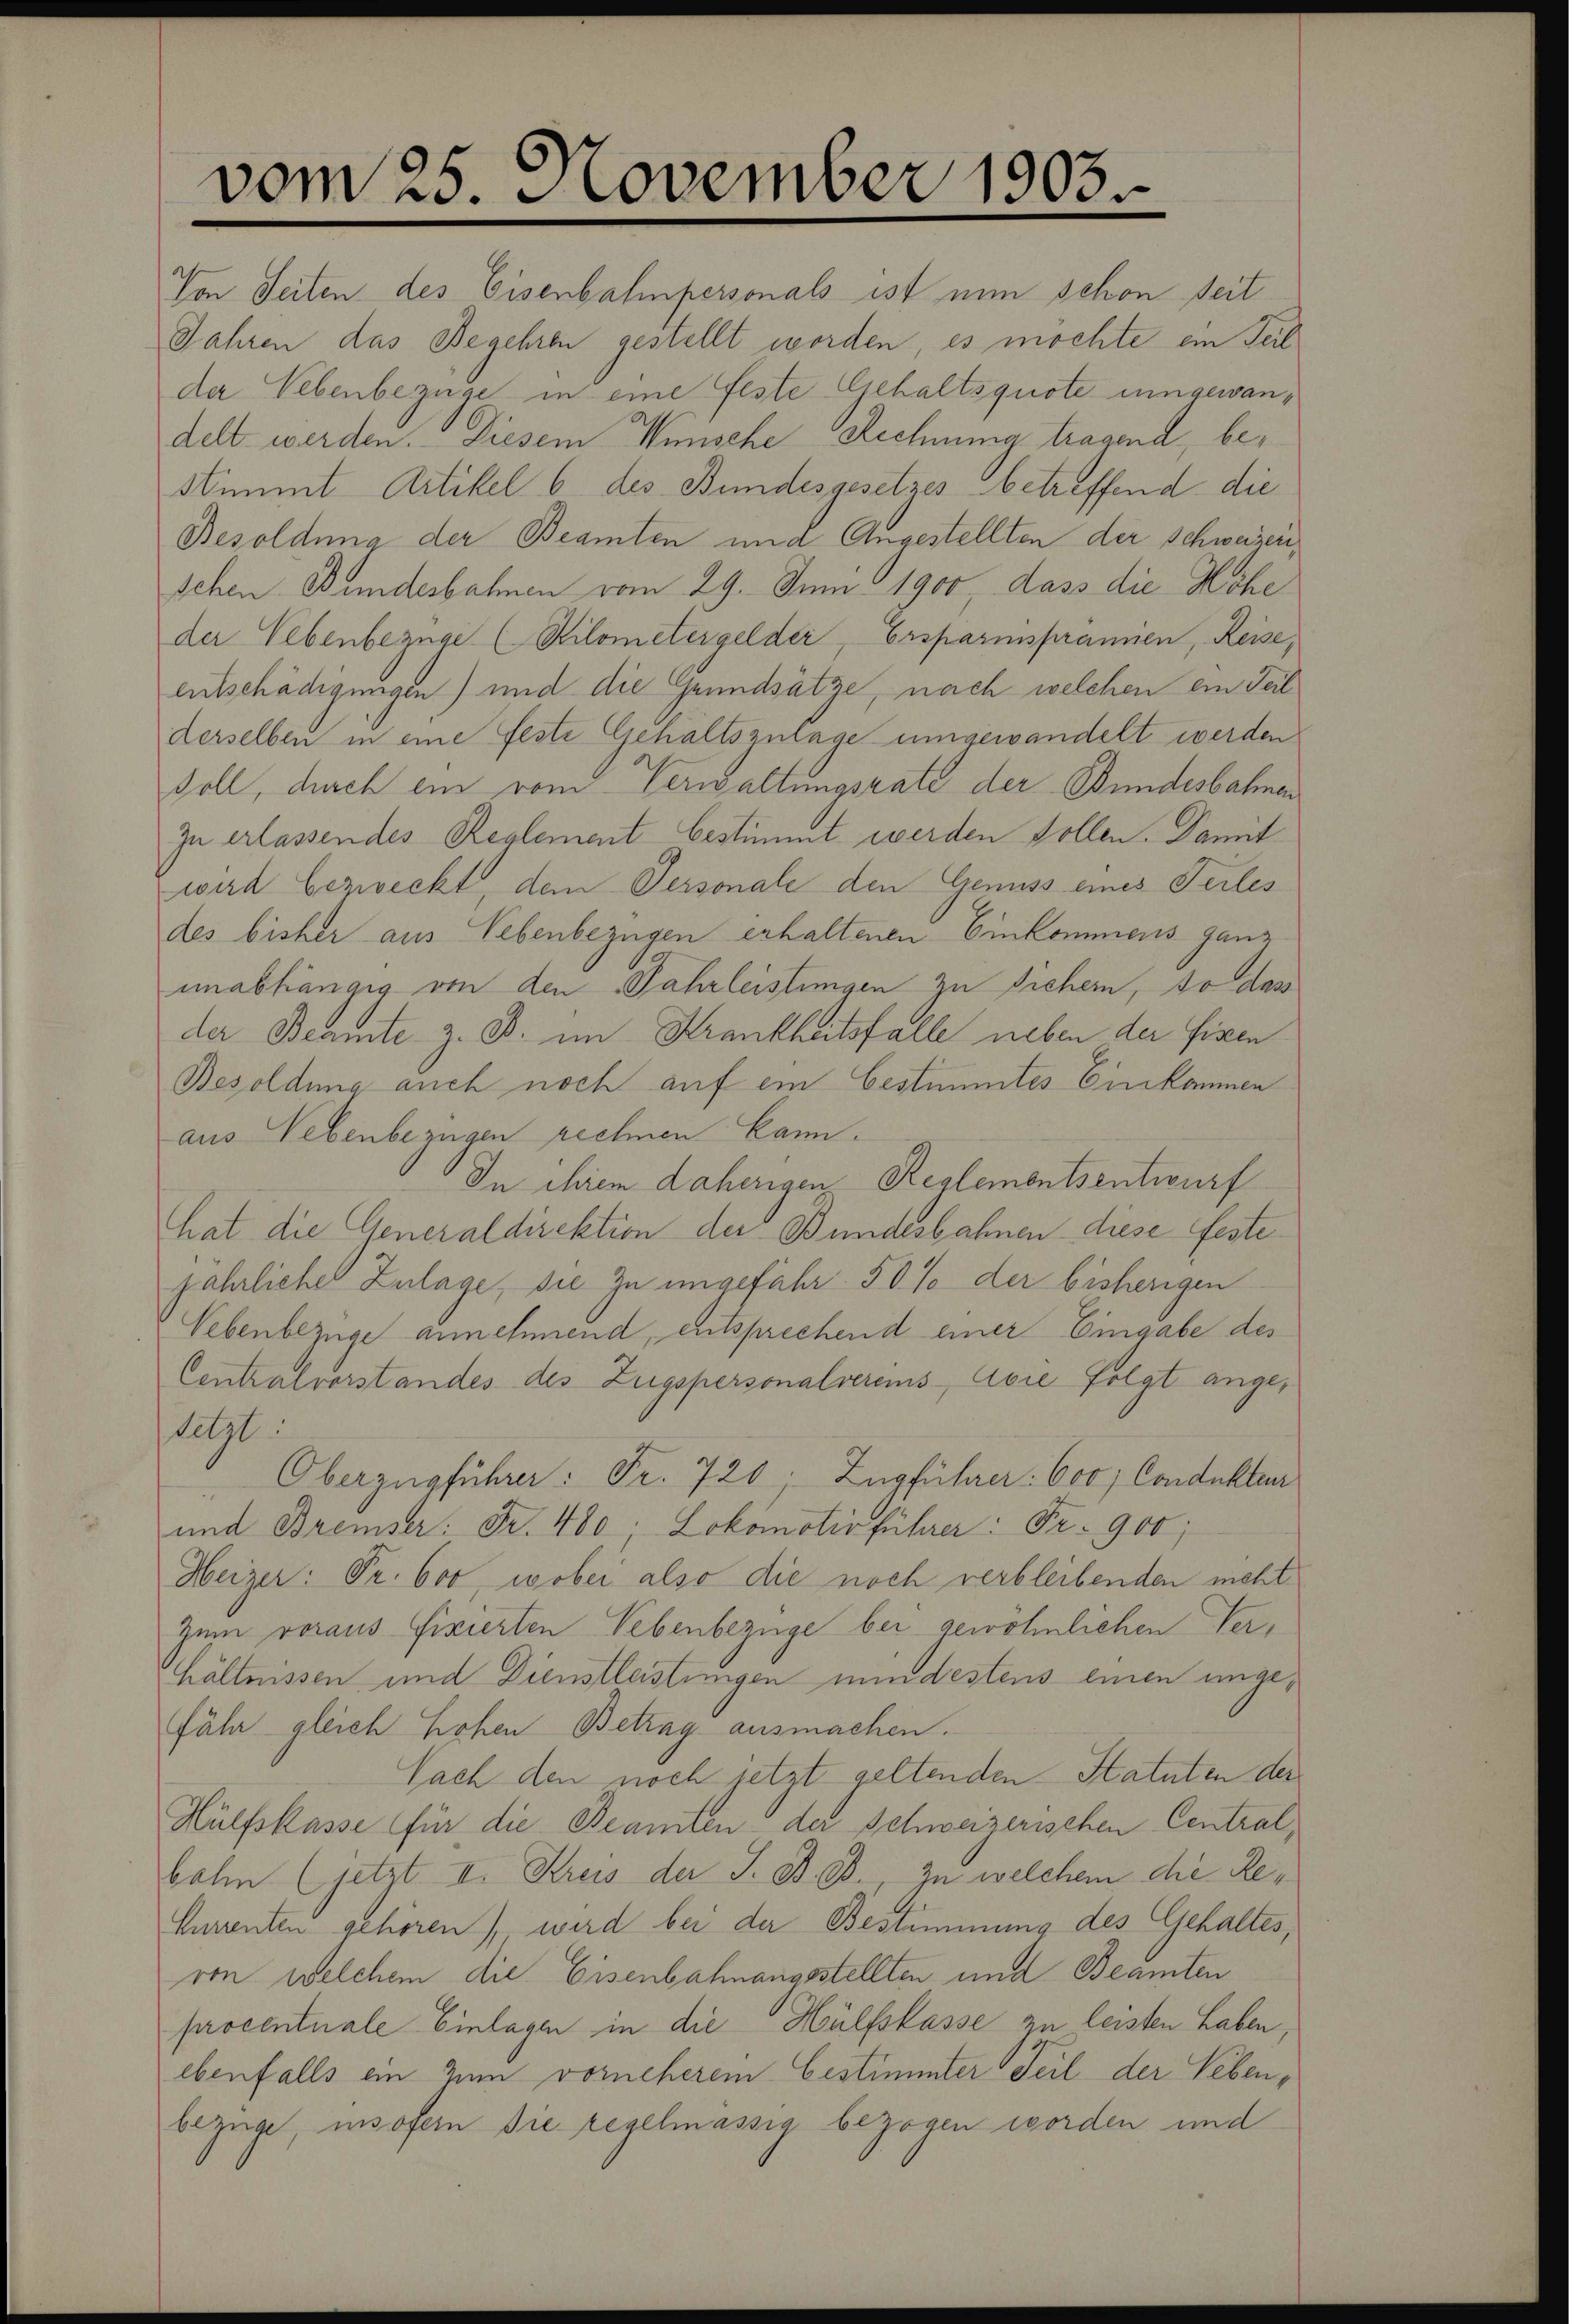
vom 25. November 1903.

Von Seiten des Eisenbahnpersonals ist nun schon seit
Jahren das Begehren gestellt worden, es möchte ein Teil
der Nebenbezüge in eine feste Gehaltsquote umgewandelt werden. Diesem Minische Rechnung tragend, bestimmt Artikel 6 des Bundesgesetzes betreffend die
Besoldung der Beamten und Angestellten der Schweizerischen Bundesbahnen vom 29. Juni 1900, dass die Höhe
der Nebenbezüge (Kilometergelder, Ersparnispränen, Reise,
entschädigungen) und die Grundsätze, nach welchen ein Teil
derselben in eine Feste Gehaltszulage umgewandelt werden
soll, durch ein vom Verwaltungsrate der Bundesbahnen
zu erlassendes Reglement bestimmt werden sollen. Dannt
wird bezweckt, dem Personale den Genuss eines Terles
des bisher aus Nebenbezügen erhaltenen Einkommens ganz
unabhängig von den Fahrleistungen zu sichern, so das
der Beamte z. B. im Krankheitsfalle neben der fissen
Besoldung auch noch auf ein bestimmtes Einkommen
aus Nebenbezügen rechnen kann¬
In ihrem Daherigen Reglementsentwurf
hat die Generaldirektion der Bundesbahnen diese festejährlicher Zulage, sie zu ungefähr 50 % der bisherigen
Vebenbezüge annehmend, entsprechend einer Eingabe des
Centralvorstandes des Zugspersonalvereins Avie folgt angeletzt.
Oberzugführer: Fr. 720; Zugführer: 600, Conduktur
und Bremser: Fr. 480; Lokomotivführer: Fr. 900;
Heizer: Pr. 600, wobei also die noch verbleibenden nicht
Zum voraus fixierten Vebenbezüge bei gewöhnlichen Verhältnissen und Dienstleistungen mindestens einen ungefähr gleich hohen Betrag ausmachen.
Sach den noch jetzt geltenden Statuten der
Hülfskasse für die Beamten der Schweizerischen Central,
bahn (jetzt II. Kreis der J. B. B., zu welchem die Re¬
Currenten gehören), wird bei der Bestimmung des Gehaltes,
von welchem die Eisenbahnangestellten und Beamten
procentuale Einlagen in die Hülfslasse zu leisten haben,
ebenfalls an zum vorneherem bestimmter Teil der Lebenbezuge, insofern die regelmässig bezogen worden, und